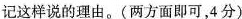
记这样说的理由。(两方面即可，4分)